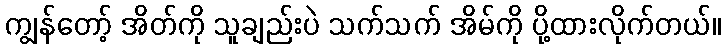
ကျွန်တော့် အိတ်ကို သူချည်းပဲ သက်သက် အိမ်ကို ပို့ထားလိုက်တယ်။